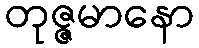
တုဇ္ဇမာနော